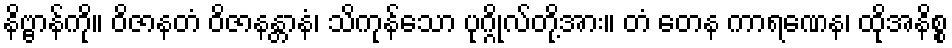
နိဗ္ဗာန်ကို။ ဝိဇာနတံ ဝိဇာနန္တာနံ၊ သိကုန်သော ပုဂ္ဂိုလ်တို့အား။ တံ တေန ကာရဏေန၊ ထိုအနိစ္စ